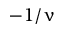
- 1 / \upnu